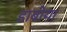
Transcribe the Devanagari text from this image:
डाबोया